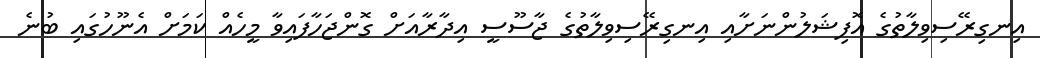
އިނގިރޭސިވިލާތުގެ އޮފިޝަލުންނަށާއި އިނގިރޭސިވިލާތުގެ ޖާސޫސީ އިދާރާއަށް ގޮންޖަހާފައިވާ މީހެއް ކަމަށް އެނޫހުގައި ބުނެ